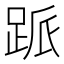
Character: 𬦱